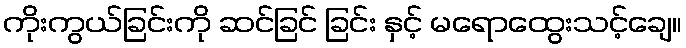
ကိုးကွယ်ခြင်းကို ဆင်ခြင် ခြင်း နှင့် မရောထွေးသင့်ချေ။